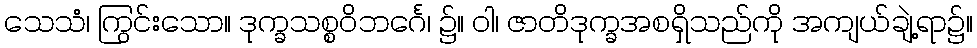
သေသံ၊ ကြွင်းသော။ ဒုက္ခသစ္စဝိဘင်္ဂေ၊ ၌။ ဝါ၊ ဇာတိဒုက္ခအစရှိသည်ကို အကျယ်ချဲ့ရာ၌။